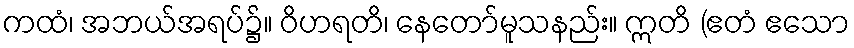
ကထံ၊ အဘယ်အရပ်၌။ ဝိဟရတိ၊ နေတော်မူသနည်း။ ဣတိ (ဧတံ ဧသော